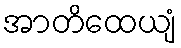
အာတိထေယျံ